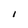
Character: I